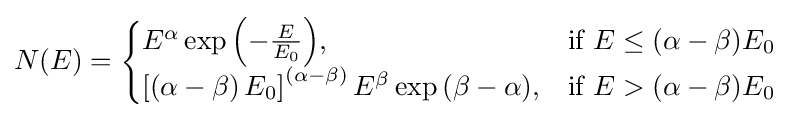
N(E)={\begin{cases}{E^{\alpha }\exp \left({-{\frac {E}{E_{0}}}}\right)},&{\mbox{if }}E\leq (\alpha -\beta )E_{0}{\mbox{ }}\\{\left[{\left({\alpha -\beta }\right)E_{0}}\right]^{\left({\alpha -\beta }\right)}E^{\beta }\exp \left({\beta -\alpha }\right)},&{\mbox{if }}E>(\alpha -\beta )E_{0}{\mbox{ }}\end{cases}}